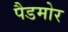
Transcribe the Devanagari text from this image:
पैडमोर